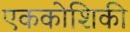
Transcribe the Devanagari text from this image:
एककोशिकी